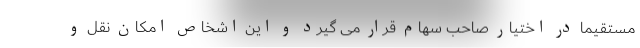
مستقیما در اختیار صاحب سهام قرار می گیرد و این اشخاص امکان نقل و